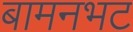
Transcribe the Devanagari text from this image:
बामनभट